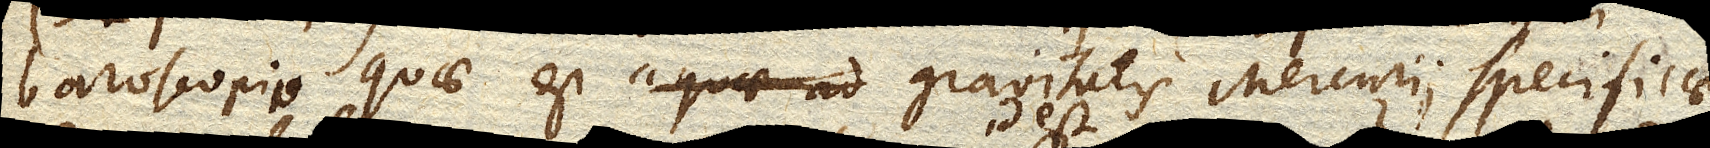
Baroscopio quae est gravitatis Mercurii specificae